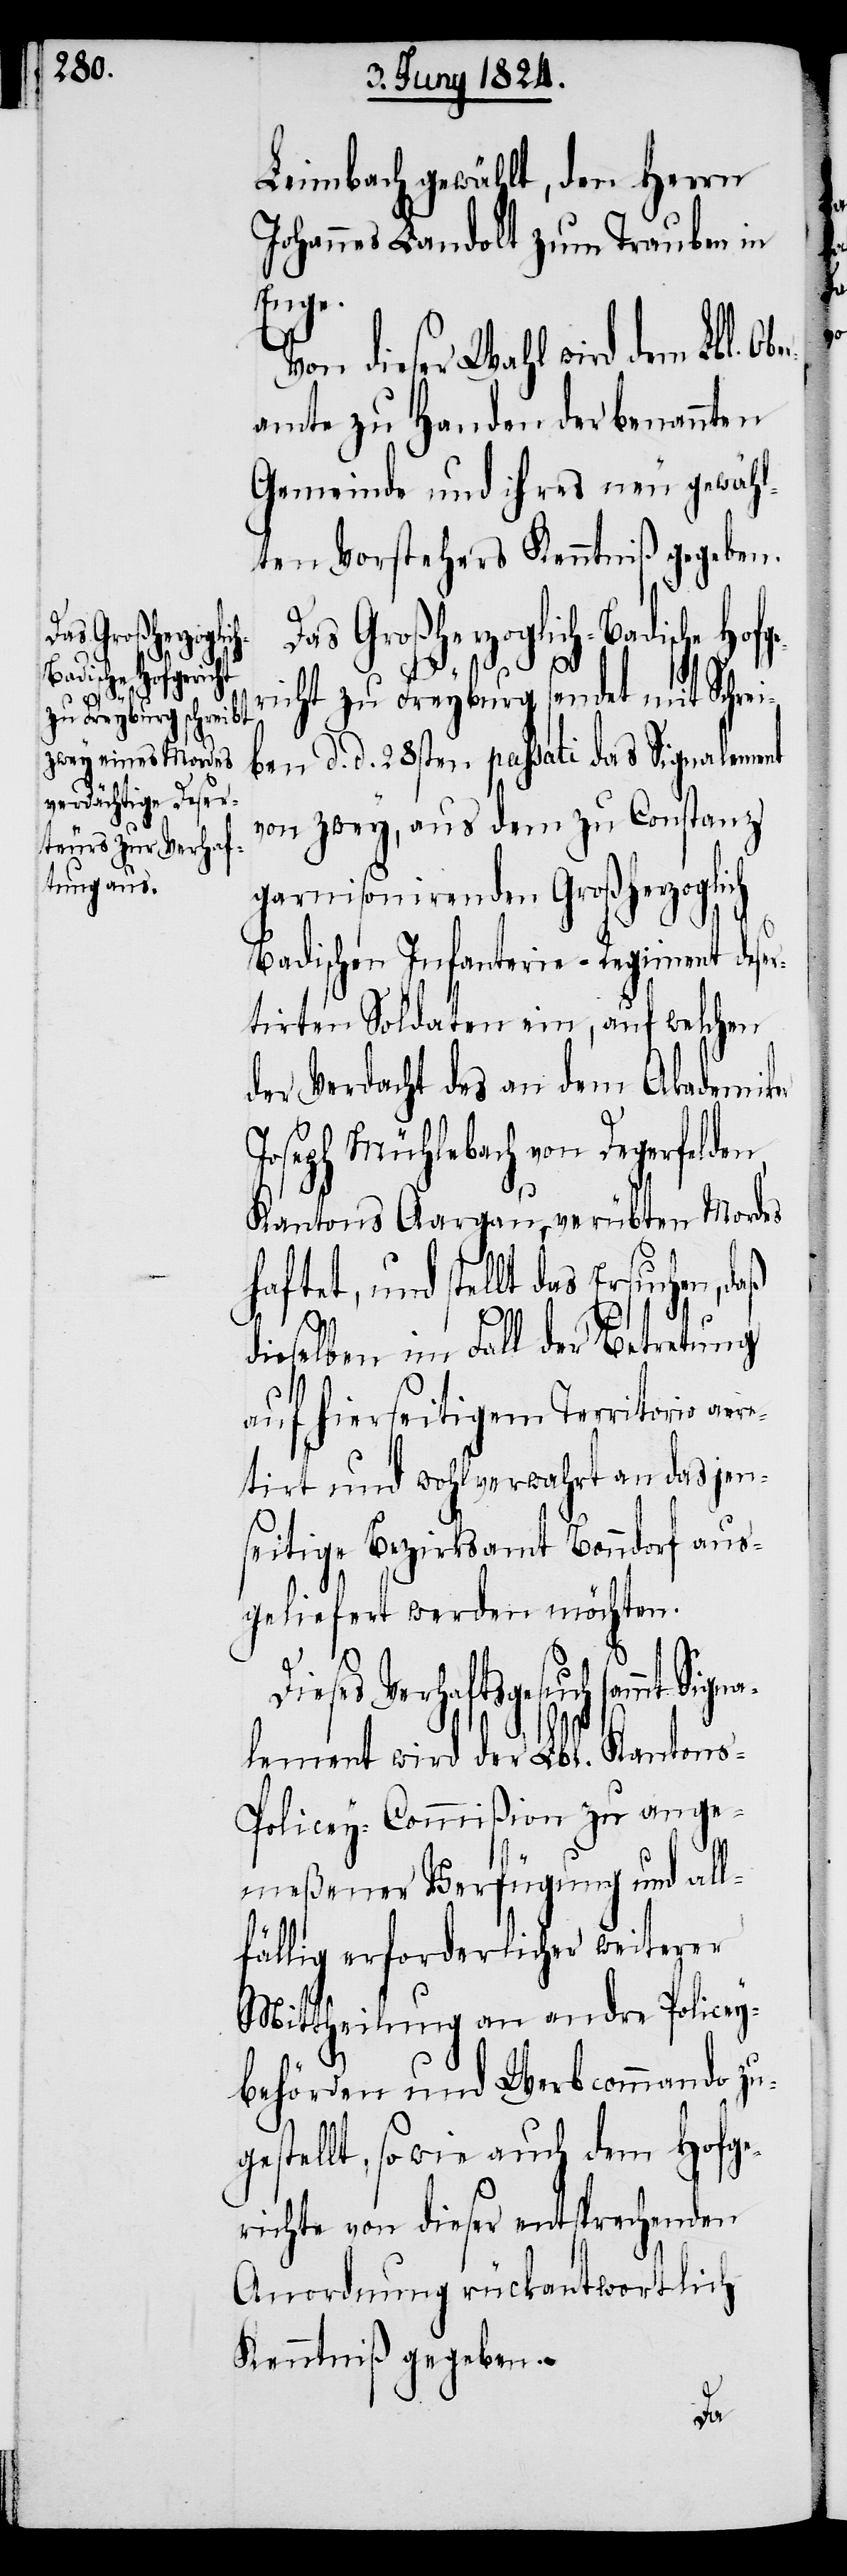
Leimbach gewählt, den Herrn
Johannes Landolt zum Trauben in
Enge.
Von dieser Wahl wird dem Lbl. O¬
amte zu Handen der benannten
Gemeinde und ihres neu gewähl¬
ten Vorstehers Kenntniß gegeben.
Das Großherzoglich-Badische Hof¬
richt zu Freyburg sendet mit Schrei¬
ben d. d. 28sten passati das Signalement
von zwey, aus dem zu Constanz
garnisonirenden Großherzoglich
Badischen Infanterie-Regiment dese¬
rtirten Soldaten ein, auf welchen
der Verdacht des an dem Akademiker
Joseph Mühlebach von Degerfelden,
Kantons Aargau, verübten Mordes
haftet, und stellt das Ersuchen, d¬
aß
dieselben im Fall der Betretung
auf hierseitigem Territorio ar¬
tirt und wohlverwahrt an das jen¬
seitige Bezirksamt Bonndorf aus¬
geliefert werden möchten.
tsgesuch sammt Signa¬
lement wird der Lbl. Kanton¬
s-Policey-Commißion zu ange¬
meßener Verfügung und all¬
fällig erforderlicher weiterer
Mittheilung an andre Policey¬
behörden und Werbcommando zu¬
gestellt, sowie auch dem Hofge¬
richte von dieser entsprechenden
Anordnung rückantwortlich
Kenntniß gegeben.
re¬